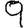
Digit: 9